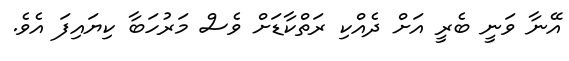
އޭނާ ވަނީ ބެރީ އަށް ދެއްކި ރަތްކާޑަށް ވެސް މަރުހަބާ ކިޔައިފަ އެވެ.